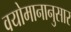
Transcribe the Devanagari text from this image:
वयोमानानुसार